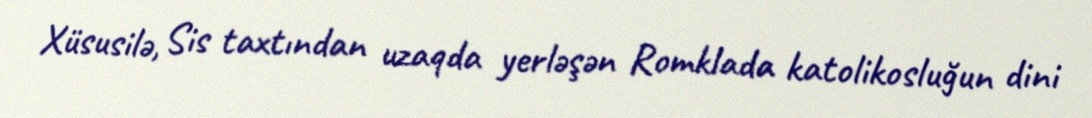
Xüsusilə, Sis taxtından uzaqda yerləşən Romklada katolikosluğun dini